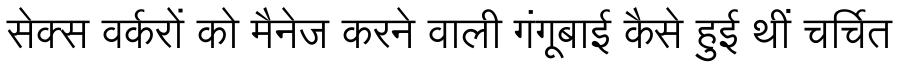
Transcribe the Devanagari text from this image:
सेक्स वर्करों को मैनेज करने वाली गंगूबाई कैसे हुई थीं चर्चित